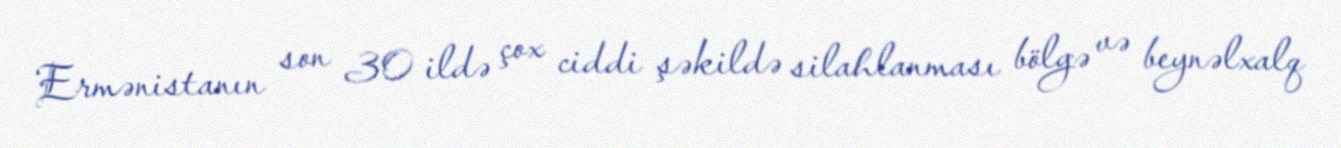
Ermənistanın son 30 ildə çox ciddi şəkildə silahlanması bölgə və beynəlxalq